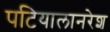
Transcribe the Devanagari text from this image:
पटियालानरेश